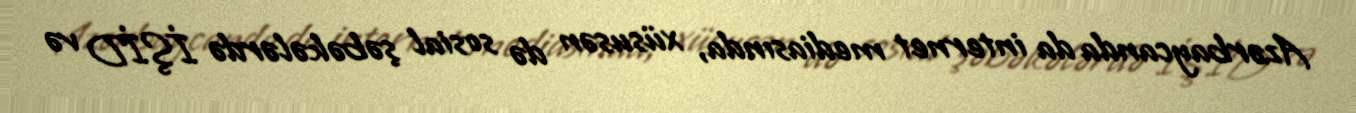
Azərbaycanda da internet mediasında, xüsusən də sosial şəbəkələrdə İŞİD və